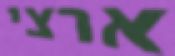
ארצי